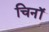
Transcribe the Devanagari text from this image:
चिनॉ